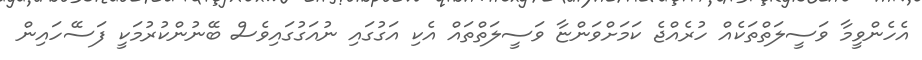
އެހެންވީމާ ވަސީލަތްތަކެއް ހުރެއްޖެ ކަމަށްވަންޏާ ވަސީލަތްތައް އެކި އަގުގައި ނުއަގުގައިވެސް ބޭނުންކުރުމަކީ ފަސޭހައިން